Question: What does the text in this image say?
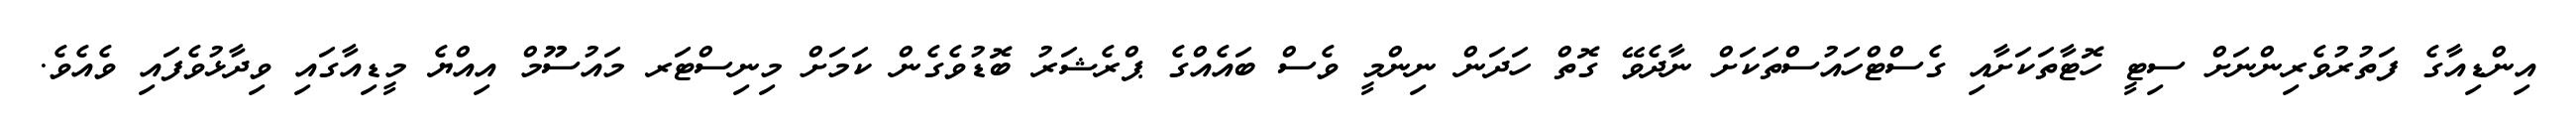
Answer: އިންޑިއާގެ ފަތުރުވެރިންނަށް ސިޓީ ހޮޓާތަކަށާއި ގެސްޓްހައުސްތަކަށް ނާދެވޭ ގޮތް ހަދަން ނިންމީ ވެސް ބައެއްގެ ޕްރެޝަރު ބޮޑުވެގެން ކަމަށް މިނިސްޓަރ މައުސޫމް އިއްޔެ މީޑިއާގައި ވިދާޅުވެފައި ވެއެވެ.